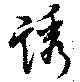
誘